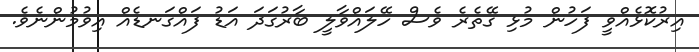
އިރުކޮޅެއްވީ ފަހުން މުޅި ގޭތެރެ ވެސް ހޭލައްވާލީ ބާރުގަދަ އަޑު ފައްގަނޑެއް އިވުމުންނެވެ.